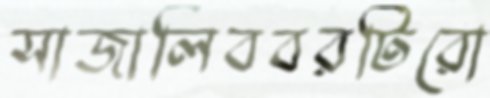
সাজালিববরটিরো